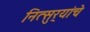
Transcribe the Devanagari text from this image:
नित्सुर्‍यांचे